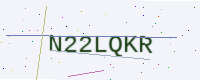
Text: N22LQKR